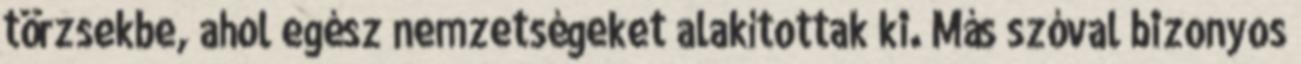
törzsekbe, ahol egész nemzetségeket alakítottak ki. Más szóval bizonyos